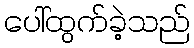
ပေါ်ထွက်ခဲ့သည်